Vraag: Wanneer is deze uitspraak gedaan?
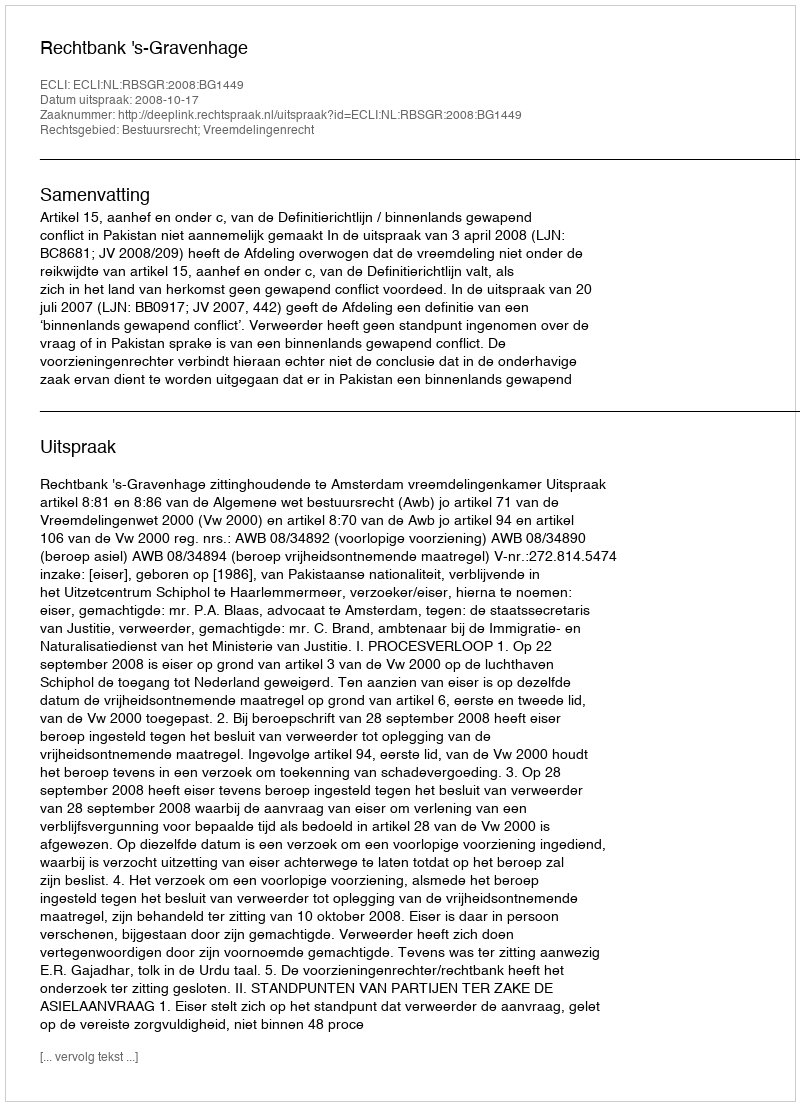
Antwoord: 2008-10-17